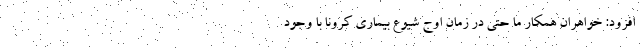
افزود: خواهران همکار ما حتی در زمان اوج شیوع بیماری کرونا با وجود